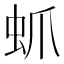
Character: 䖣